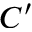
C ^ { \prime }